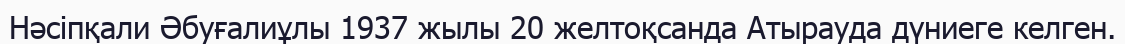
Нәсіпқали Әбуғалиұлы 1937 жылы 20 желтоқсанда Атырауда дүниеге келген.